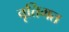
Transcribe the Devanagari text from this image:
वृत्तिगत